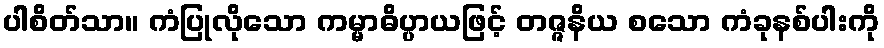
ပါစိတ်သာ။ ကံပြုလိုသော ကမ္မာဓိပ္ပာယဖြင့် တဇ္ဇနိယ စသော ကံခုနစ်ပါးကို